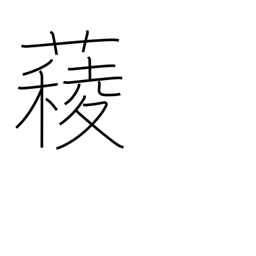
Meaning: spinach